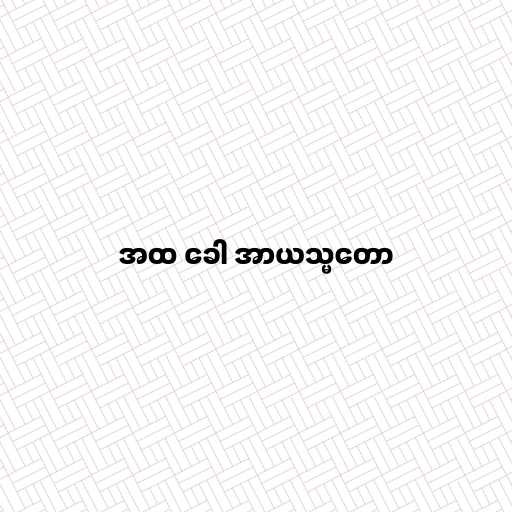
အထ ခေါ အာယသ္မတော